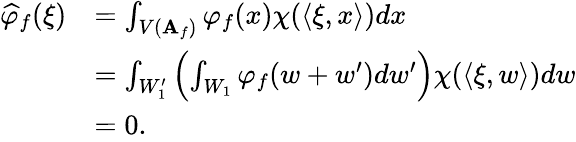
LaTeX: \begin{array}{rl}{\widehat{\varphi}_{f}(\xi)}&{=\int_{V(\mathbf{A}_{f})}\varphi_{f}(x)\chi(\langle\xi,x\rangle)dx}\\ &{=\int_{W_{1}^{\prime}}\left(\int_{W_{1}}\varphi_{f}(w+w^{\prime})dw^{\prime}\right)\chi(\langle\xi,w\rangle)dw}\\ &{=0.}\end{array}